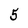
Character: 5